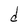
Character: d